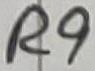
Text: R9